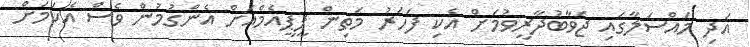
އަދި މައްސަލާގައި ޖަވާބުދާރީވުމަށް އެކި ފަހަރު މަތިން ޕީޕީއެމްއަށް އެންގުމުން ވެސް އެކަމަށް